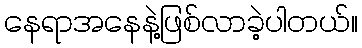
နေရာအနေနဲ့ဖြစ်လာခဲ့ပါတယ်။